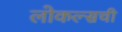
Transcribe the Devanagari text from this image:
लोकल्सची